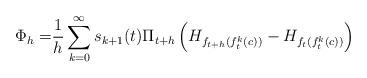
LaTeX: \begin{align*}\Phi_h =& \frac{1}{h}\sum_{k=0}^{\infty}s_{k+1}(t)\Pi_{t+h}\left(H_{f_{t+h}(f_t^k(c))}- H_{f_{t}(f_t^k(c))}\right)\end{align*}